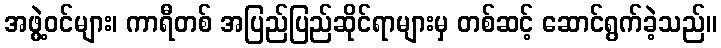
အဖွဲ့ဝင်များ၊ ကာရီတစ် အပြည်ပြည်ဆိုင်ရာများမှ တစ်ဆင့် ဆောင်ရွက်ခဲ့သည်။